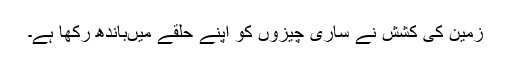
زمین کی کشش نے ساری چیزوں کو اپنے حلقے میںباندھ رکھا ہے۔